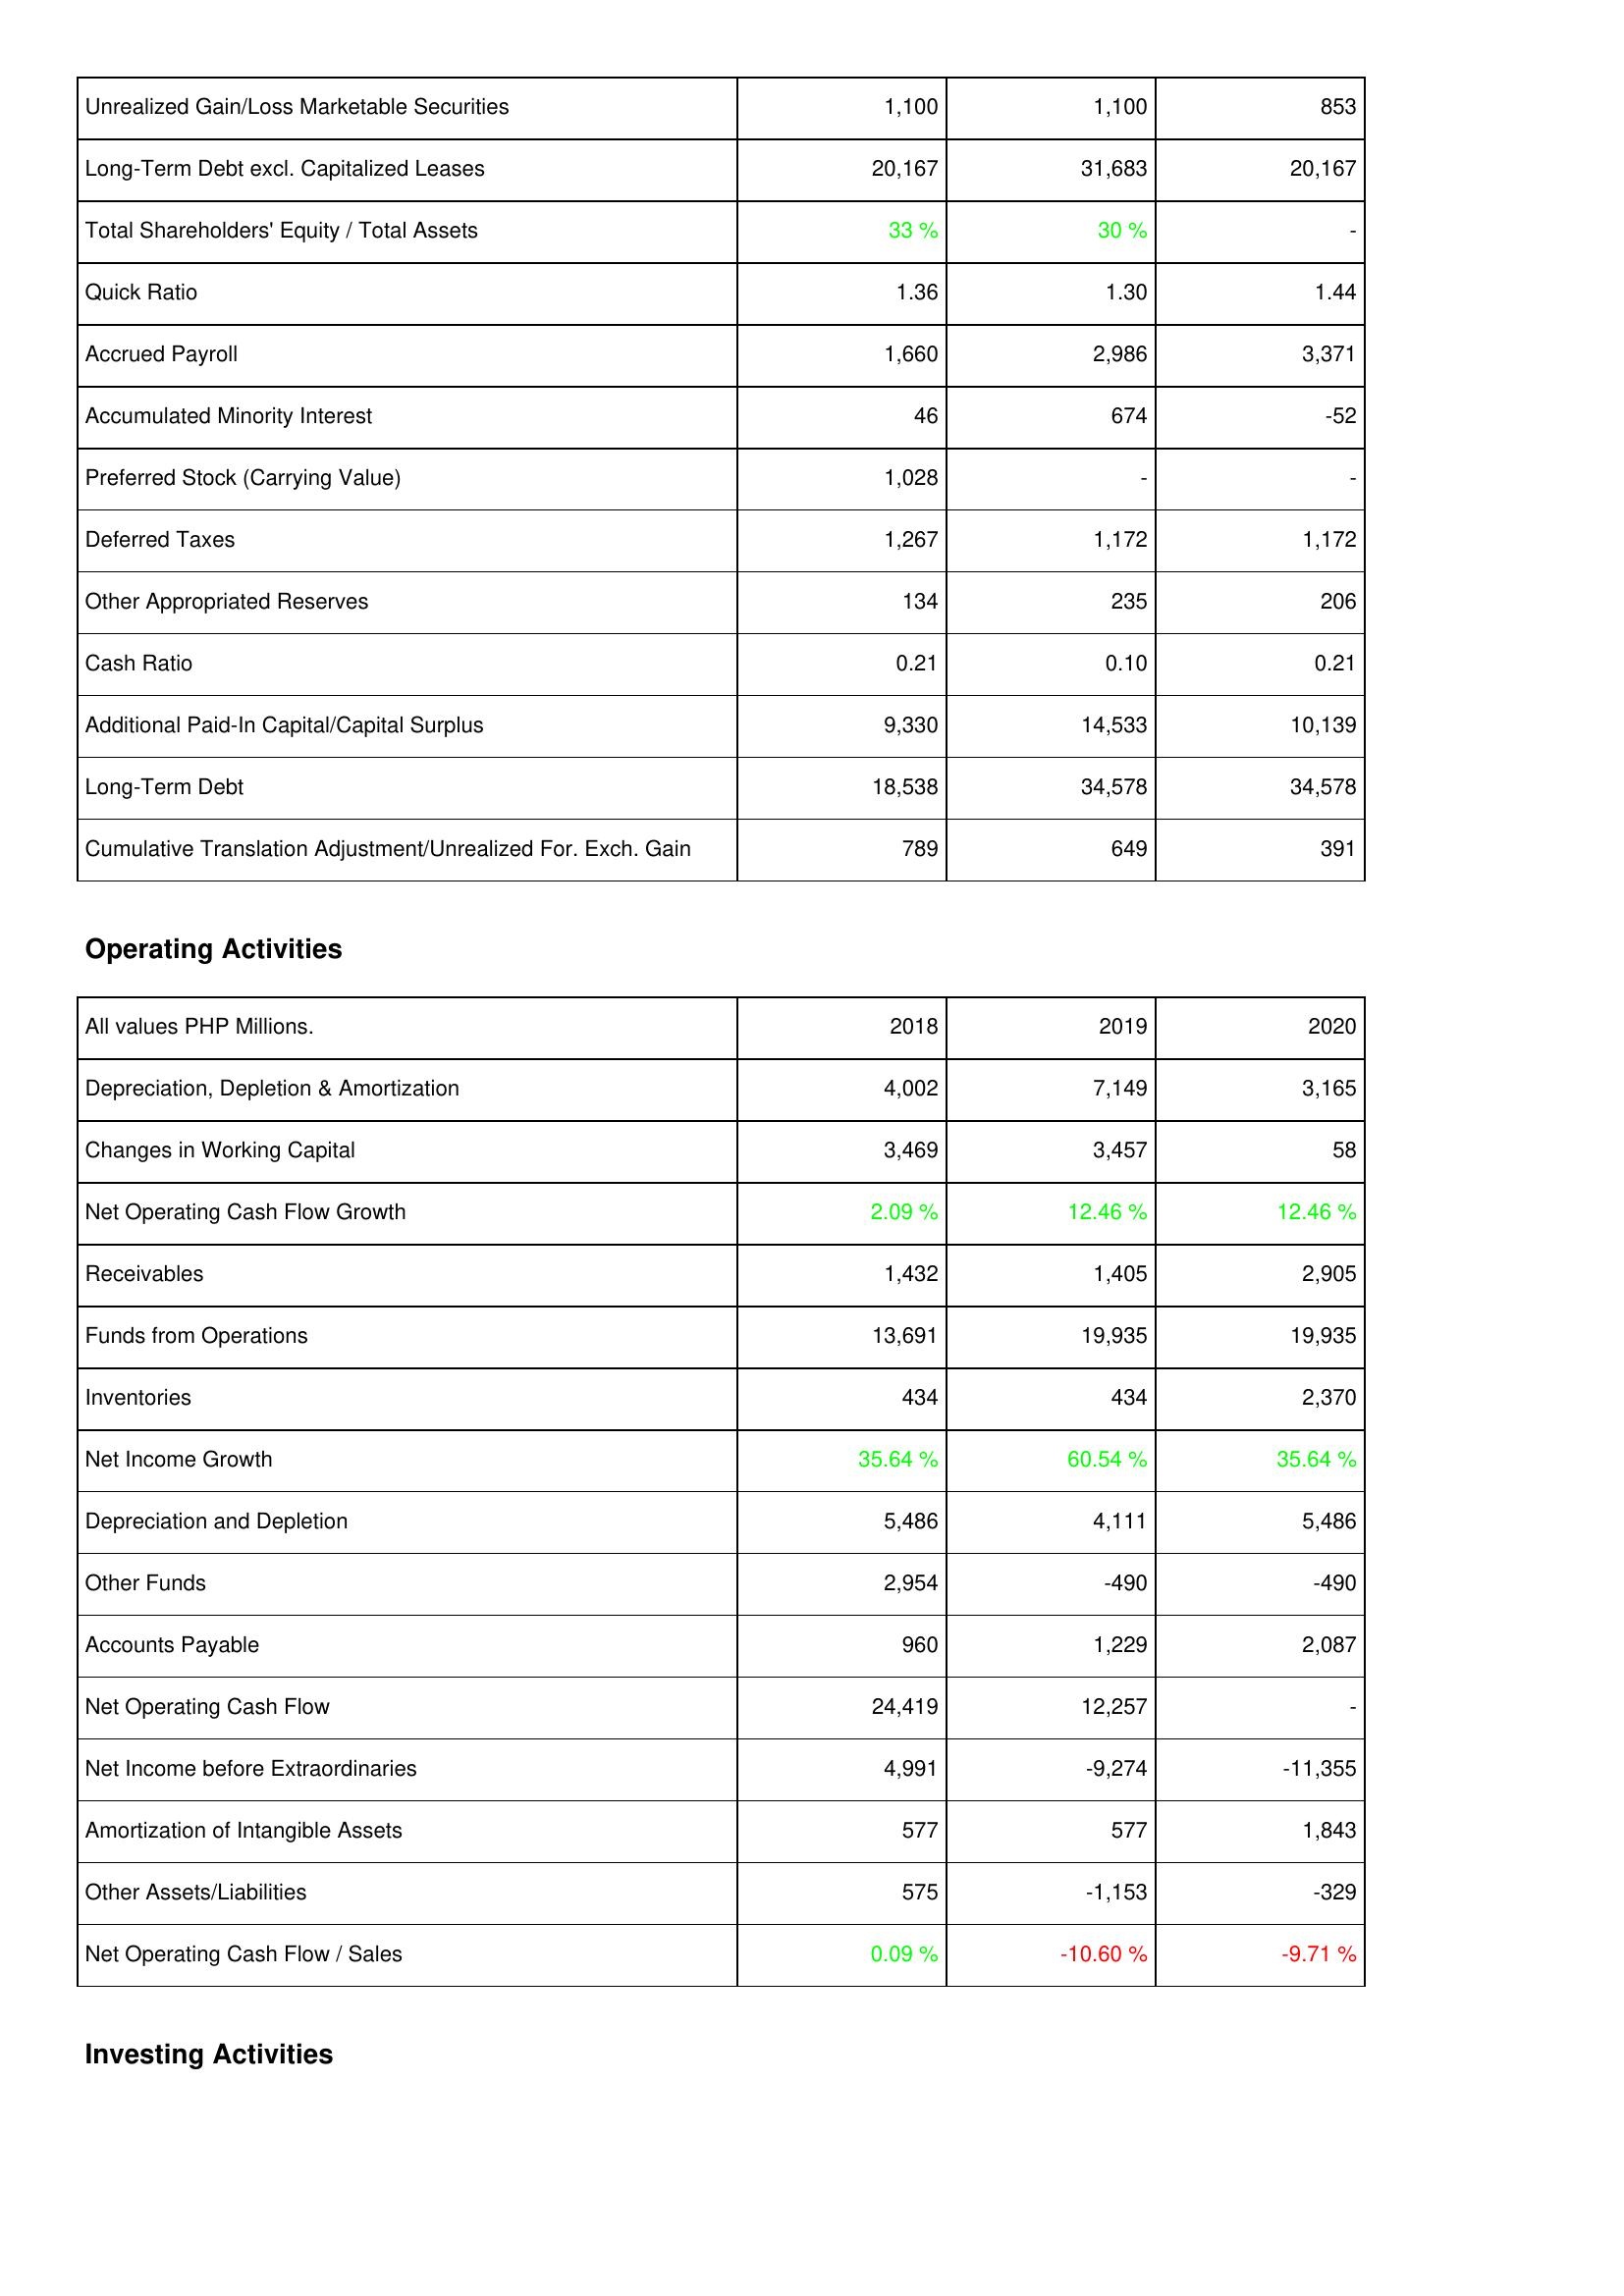
2018: Liabilities & Shareholders' Equity: Unrealized Gain/Loss Marketable Securities: 1,100
Long-Term Debt excl. Capitalized Leases: 20,167
Total Shareholders' Equity / Total Assets: 33 %
Quick Ratio: 1.36
Accrued Payroll: 1,660
Accumulated Minority Interest: 46
Preferred Stock (Carrying Value): 1,028
Deferred Taxes: 1,267
Other Appropriated Reserves: 134
Cash Ratio: 0.21
Additional Paid-In Capital/Capital Surplus: 9,330
Long-Term Debt: 18,538
Cumulative Translation Adjustment/Unrealized For. Exch. Gain: 789
Operating Activities: Depreciation, Depletion & Amortization: 4,002
Changes in Working Capital: 3,469
Net Operating Cash Flow Growth: 2.09 %
Receivables: 1,432
Funds from Operations: 13,691
Inventories: 434
Net Income Growth: 35.64 %
Depreciation and Depletion: 5,486
Other Funds: 2,954
Accounts Payable: 960
Net Operating Cash Flow: 24,419
Net Income before Extraordinaries: 4,991
Amortization of Intangible Assets: 577
Other Assets/Liabilities: 575
Net Operating Cash Flow / Sales: 0.09 %
2019: Liabilities & Shareholders' Equity: Unrealized Gain/Loss Marketable Securities: 1,100
Long-Term Debt excl. Capitalized Leases: 31,683
Total Shareholders' Equity / Total Assets: 30 %
Quick Ratio: 1.30
Accrued Payroll: 2,986
Accumulated Minority Interest: 674
Preferred Stock (Carrying Value): -
Deferred Taxes: 1,172
Other Appropriated Reserves: 235
Cash Ratio: 0.10
Additional Paid-In Capital/Capital Surplus: 14,533
Long-Term Debt: 34,578
Cumulative Translation Adjustment/Unrealized For. Exch. Gain: 649
Operating Activities: Depreciation, Depletion & Amortization: 7,149
Changes in Working Capital: 3,457
Net Operating Cash Flow Growth: 12.46 %
Receivables: 1,405
Funds from Operations: 19,935
Inventories: 434
Net Income Growth: 60.54 %
Depreciation and Depletion: 4,111
Other Funds: -490
Accounts Payable: 1,229
Net Operating Cash Flow: 12,257
Net Income before Extraordinaries: -9,274
Amortization of Intangible Assets: 577
Other Assets/Liabilities: -1,153
Net Operating Cash Flow / Sales: -10.60 %
2020: Liabilities & Shareholders' Equity: Unrealized Gain/Loss Marketable Securities: 853
Long-Term Debt excl. Capitalized Leases: 20,167
Total Shareholders' Equity / Total Assets: -
Quick Ratio: 1.44
Accrued Payroll: 3,371
Accumulated Minority Interest: -52
Preferred Stock (Carrying Value): -
Deferred Taxes: 1,172
Other Appropriated Reserves: 206
Cash Ratio: 0.21
Additional Paid-In Capital/Capital Surplus: 10,139
Long-Term Debt: 34,578
Cumulative Translation Adjustment/Unrealized For. Exch. Gain: 391
Operating Activities: Depreciation, Depletion & Amortization: 3,165
Changes in Working Capital: 58
Net Operating Cash Flow Growth: 12.46 %
Receivables: 2,905
Funds from Operations: 19,935
Inventories: 2,370
Net Income Growth: 35.64 %
Depreciation and Depletion: 5,486
Other Funds: -490
Accounts Payable: 2,087
Net Operating Cash Flow: -
Net Income before Extraordinaries: -11,355
Amortization of Intangible Assets: 1,843
Other Assets/Liabilities: -329
Net Operating Cash Flow / Sales: -9.71 %